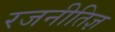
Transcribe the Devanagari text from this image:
रजनीतिज्ञ